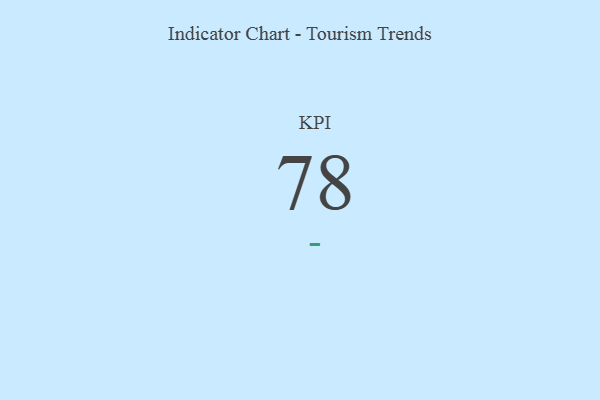
{"axis": {"x": "KPI", "y": "Value"}, "legend": [""], "data": [{"x": "KPI", "y": 78, "type": ""}]}